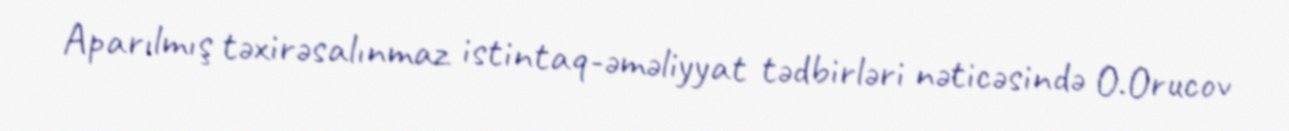
Aparılmış təxirəsalınmaz istintaq-əməliyyat tədbirləri nəticəsində O.Orucov